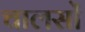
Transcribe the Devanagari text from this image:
चालसों